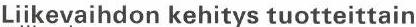
Liikevaihdon kehitys tuotteittain